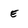
Character: E